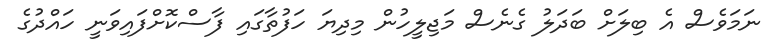
ނަމަވެސް އެ ބިލަށް ބަދަލު ގެނެސް މަޖިލީހުން މިދިޔަ ހަފުތާގައި ފާސްކޮށްފައިވަނީ ހައްދުގެ